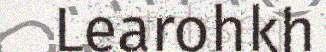
Learohkh